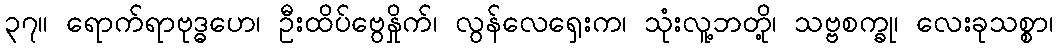
၃၇။ ရောက်ရာဗုဒ္ဓဟေ၊ ဦးထိပ်ဗွေနှိုက်၊ လွန်လေရှေးက၊ သုံးလူ့ဘတို့၊ သဗ္ဗစက္ခု၊ လေးခုသစ္စာ၊